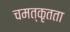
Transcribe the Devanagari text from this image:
चमत्कृतता